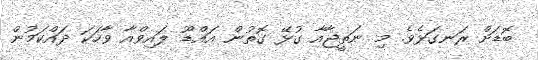
ބޮޑަށް ރަނގަޅެވެ. މި ނަތީޖާއާ ގުޅޭ ގޮތުން އައްޑޫ ލައިވްއާ ވާހަކަ ދައްކަމުން